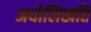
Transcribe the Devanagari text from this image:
अधोलिखति